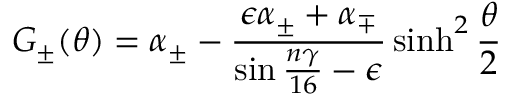
G _ { \pm } ( \theta ) = \alpha _ { \pm } - \frac { \epsilon \alpha _ { \pm } + \alpha _ { \mp } } { \sin { \frac { n \gamma } { 1 6 } } - \epsilon } \sinh ^ { 2 } \frac { \theta } { 2 }